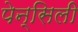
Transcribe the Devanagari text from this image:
पेन्सिली